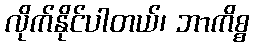
လိုက်နိုင်ပါတယ်၊ ဘာကိစ္စ